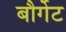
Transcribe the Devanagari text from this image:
बौर्गेट